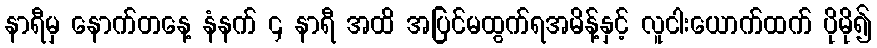
နာရီမှ နောက်တနေ့ နံနက် ၄ နာရီ အထိ အပြင်မထွက်ရအမိန့်နှင့် လူငါးယောက်ထက် ပိုမို၍